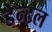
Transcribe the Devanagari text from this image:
डेन्टल